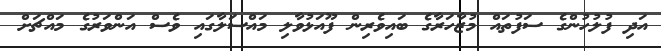
އަދި ފުލުހުންގެ ސަފުތައް މުޒާހަރާގެ ބައިވެރިން ފޫއަޅުވާލި މައްސަލާގައި ވެސް އަންވަރުގެ މައްޗަށް